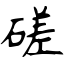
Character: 磋